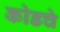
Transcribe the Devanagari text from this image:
कोडचे